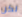
لكن